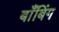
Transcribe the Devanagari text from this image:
बाँबिंग